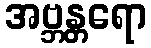
အဗ္ဘန္တရော